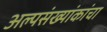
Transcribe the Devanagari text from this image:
अल्पसंख्यांकांचा